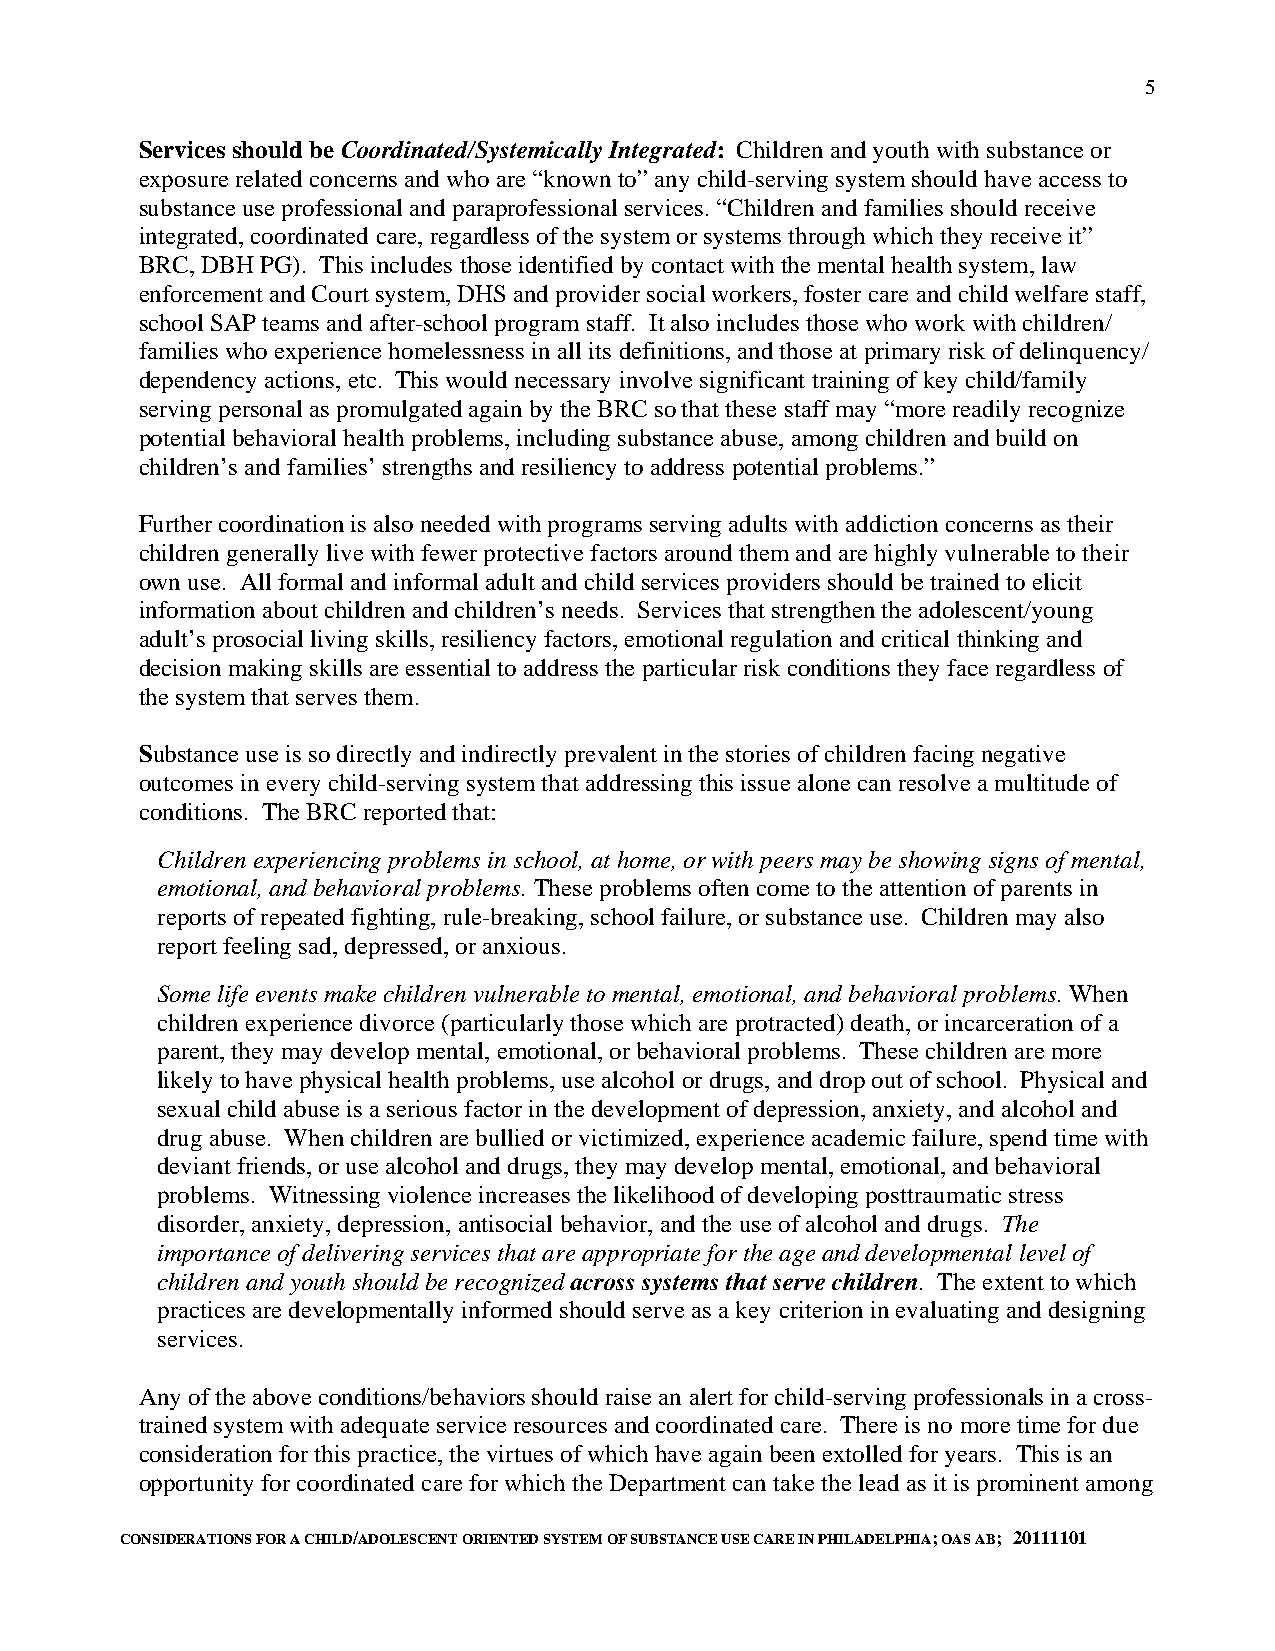
5
 Services should be Coordinated/Systemically Integrated: Children and youth with substance or
 exposure related concerns and who are “known to” any child-serving system should have access to
 substance use professional and paraprofessional services. “Children and families should receive
 integrated, coordinated care, regardless of the system or systems through which they receive it”
 BRC, DBH PG). This includes those identified by contact with the mental health system, law
 enforcement and Court system, DHS and provider social workers, foster care and child welfare staff,
 school SAP teams and after-school program staff. It also includes those who work with children/
 families who experience homelessness in all its definitions, and those at primary risk of delinquency/
 dependency actions, etc. This would necessary involve significant training of key child/family
 serving personal as promulgated again by the BRC so that these staff may “more readily recognize
 potential behavioral health problems, including substance abuse, among children and build on
 children’s and families’ strengths and resiliency to address potential problems.”
 Further coordination is also needed with programs serving adults with addiction concerns as their
 children generally live with fewer protective factors around them and are highly vulnerable to their
 own use. All formal and informal adult and child services providers should be trained to elicit
 information about children and children’s needs. Services that strengthen the adolescent/young
 adult’s prosocial living skills, resiliency factors, emotional regulation and critical thinking and
 decision making skills are essential to address the particular risk conditions they face regardless of
 the system that serves them.
 Substance use is so directly and indirectly prevalent in the stories of children facing negative
 outcomes in every child-serving system that addressing this issue alone can resolve a multitude of
 conditions. The BRC reported that:
 Children experiencing problems in school, at home, or with peers may be showing signs of mental,
 emotional, and behavioral problems. These problems often come to the attention of parents in
 reports of repeated fighting, rule-breaking, school failure, or substance use. Children may also
 report feeling sad, depressed, or anxious.
 Some life events make children vulnerable to mental, emotional, and behavioral problems. When
 children experience divorce (particularly those which are protracted) death, or incarceration of a
 parent, they may develop mental, emotional, or behavioral problems. These children are more
 likely to have physical health problems, use alcohol or drugs, and drop out of school. Physical and
 sexual child abuse is a serious factor in the development of depression, anxiety, and alcohol and
 drug abuse. When children are bullied or victimized, experience academic failure, spend time with
 deviant friends, or use alcohol and drugs, they may develop mental, emotional, and behavioral
 problems. Witnessing violence increases the likelihood of developing posttraumatic stress
 disorder, anxiety, depression, antisocial behavior, and the use of alcohol and drugs. The
 importance of delivering services that are appropriate for the age and developmental level of
 children and youth should be recognized across systems that serve children. The extent to which
 practices are developmentally informed should serve as a key criterion in evaluating and designing
 services.
 Any of the above conditions/behaviors should raise an alert for child-serving professionals in a cross-
 trained system with adequate service resources and coordinated care. There is no more time for due
 consideration for this practice, the virtues of which have again been extolled for years. This is an
 opportunity for coordinated care for which the Department can take the lead as it is prominent among
 CONSIDERATIONS FOR A CHILD/ADOLESCENT ORIENTED SYSTEM OF SUBSTANCE USE CARE IN PHILADELPHIA; OAS AB; 20111101